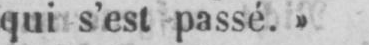
qui s’est passé.»